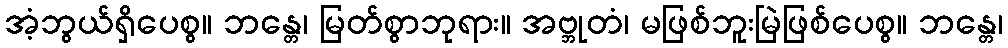
အံ့ဘွယ်ရှိပေစွ။ ဘန္တေ၊ မြတ်စွာဘုရား။ အဗ္ဘုတံ၊ မဖြစ်ဘူးမြဲဖြစ်ပေစွ။ ဘန္တေ၊